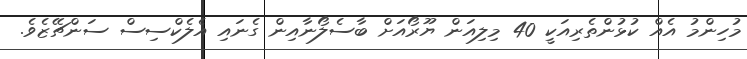
މުހިންމު އެއް ކުޅުންތެރިއަކީ 40 މިލިއަން ޔޫރޯއަށް ބާސެލޯނާއިން ގެނައި އެލެކްސިސް ސަންޗޭޒެވެ.